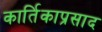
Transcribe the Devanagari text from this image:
कार्तिकाप्रसाद